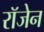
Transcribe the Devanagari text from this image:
रॉजेन